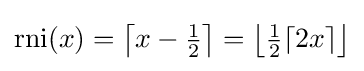
{\text{rni}}(x)=\left\lceil x-{\tfrac {1}{2}}\right\rceil =\left\lfloor {\tfrac {1}{2}}\lceil 2x\rceil \right\rfloor